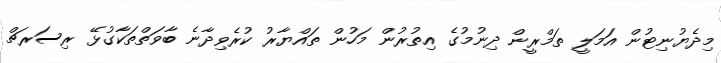
މިދެޔުނިޓުން އަމަލީ ތަމްރީން ދިނުމުގެ އިތުރުން މަހުން ތައްޔާރު ކުރެވިދާނެ ބާވަތްތަކާގުޅޭ ރިސަރޗް